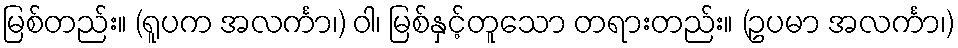
မြစ်တည်း။ (ရူပက အလင်္ကာ၊) ဝါ၊ မြစ်နှင့်တူသော တရားတည်း။ (ဥပမာ အလင်္ကာ၊)